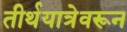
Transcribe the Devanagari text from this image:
तीर्थयात्रेवरून